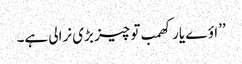
’’اؤے یار کھمب تو چیز بڑی نرالی ہے۔